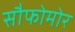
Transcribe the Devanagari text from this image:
सौफोमोर